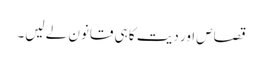
قصاص اور دیت کا ہی قانون لے لیں۔